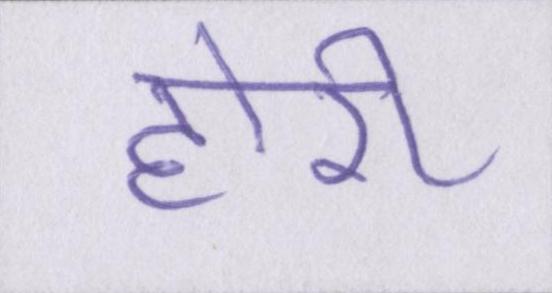
होरी